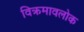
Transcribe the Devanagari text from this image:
विक्रमावलोक